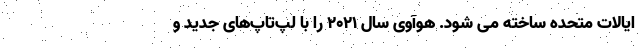
ایالات متحده ساخته می شود. هوآوی سال ۲۰۲۱ را با لپ‌تاپ‌های‌ جدید و